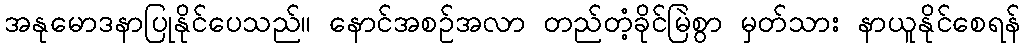
အနုမောဒနာပြုနိုင်ပေသည်။ နောင်အစဉ်အလာ တည်တံ့ခိုင်မြဲစွာ မှတ်သား နာယူနိုင်စေရန်